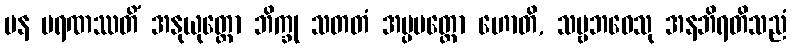
ပန မရဏဿတိံ အနုယုတ္တော ဘိက္ခု သတတံ အပ္ပမတ္တော ဟောတိ, သဗ္ဗဘဝေသု အနဘိရတိသညံ